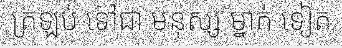
ត្រឡប់ ទៅជា មនុស្ស ម្នាក់ ទៀត